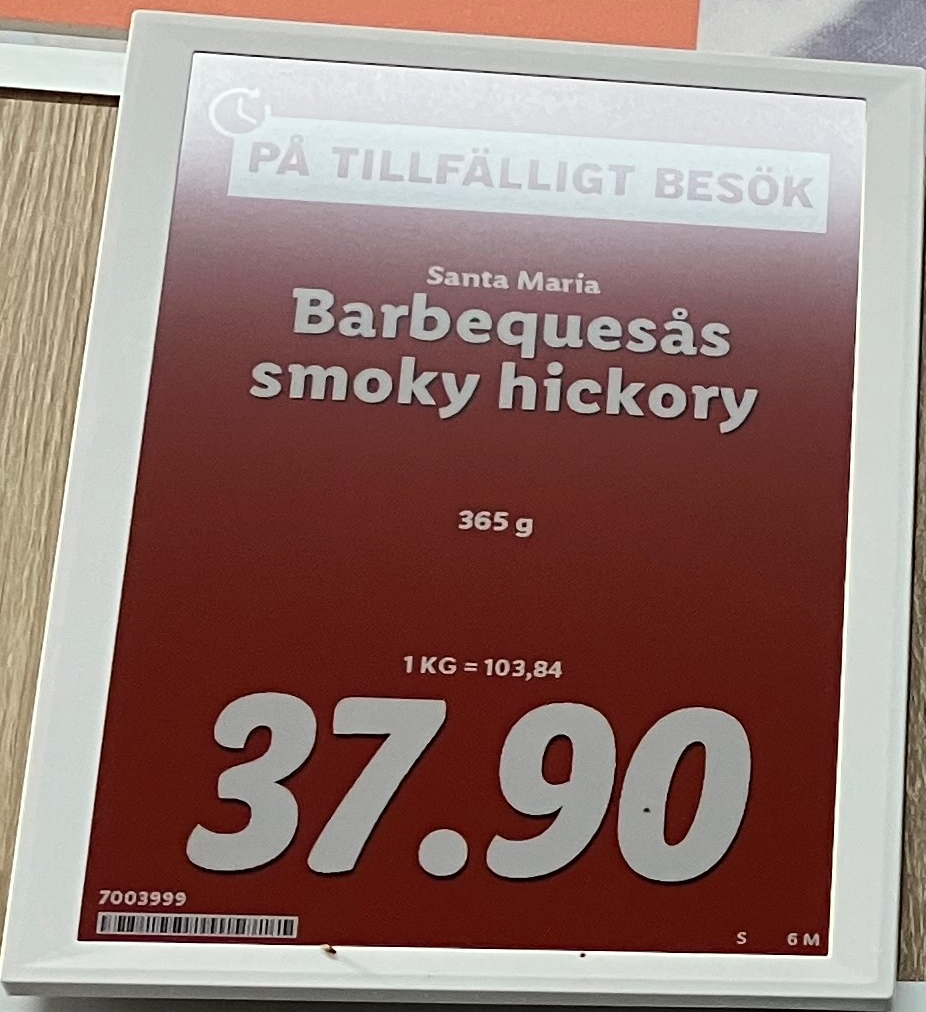
Vara: Barbequesäs smoky hickory
Genomsnittspris: 103.84 per kg